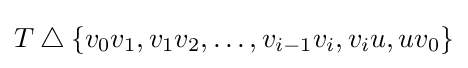
T\mathbin {\triangle } \{v_{0}v_{1},v_{1}v_{2},\dotsc ,v_{i-1}v_{i},v_{i}u,uv_{0}\}